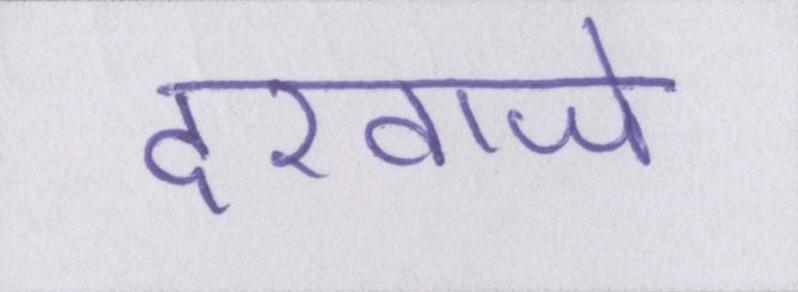
दरवाजे